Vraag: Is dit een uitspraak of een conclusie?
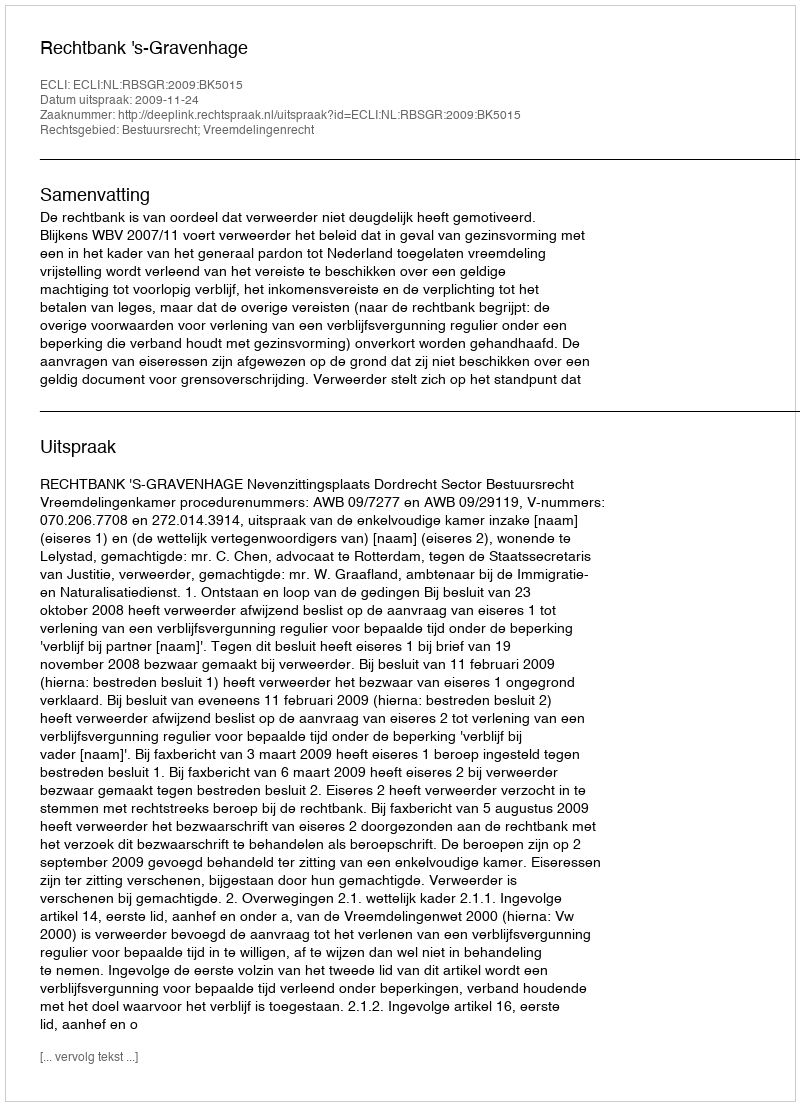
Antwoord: Uitspraak